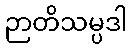
ဉာတိသမ္ပဒါ